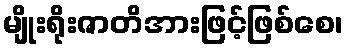
မျိုးရိုးဇာတိအားဖြင့်ဖြစ်စေ၊